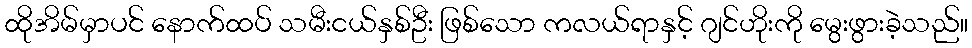
ထိုအိမ်မှာပင် နောက်ထပ် သမီးငယ်နှစ်ဦး ဖြစ်သော ကလယ်ရာနှင့် ဂျင်ဟိုးကို မွေးဖွားခဲ့သည်။